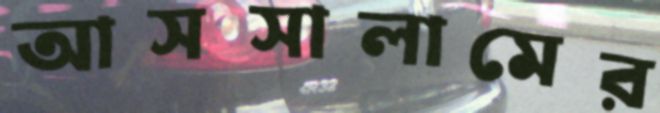
আসসালামের